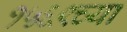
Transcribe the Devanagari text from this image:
१५६९च्या